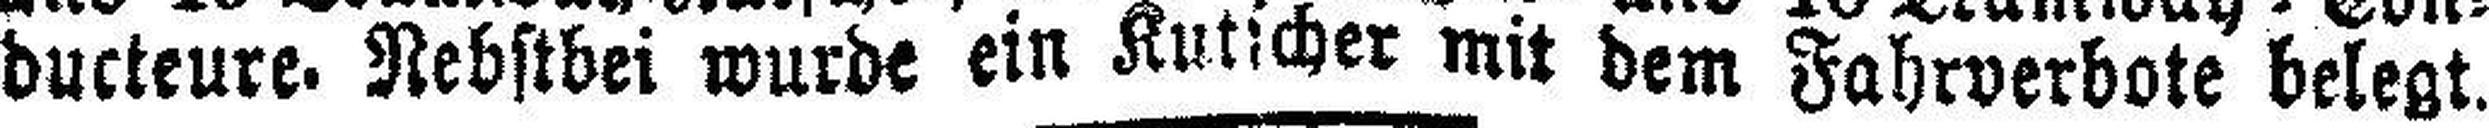
ducteure. Nebstbei wurde ein Kutscher mit dem Fahrverbote belegt.